Lunatic asylums Burma 1907-21 - 1907-1921
Year: 1907
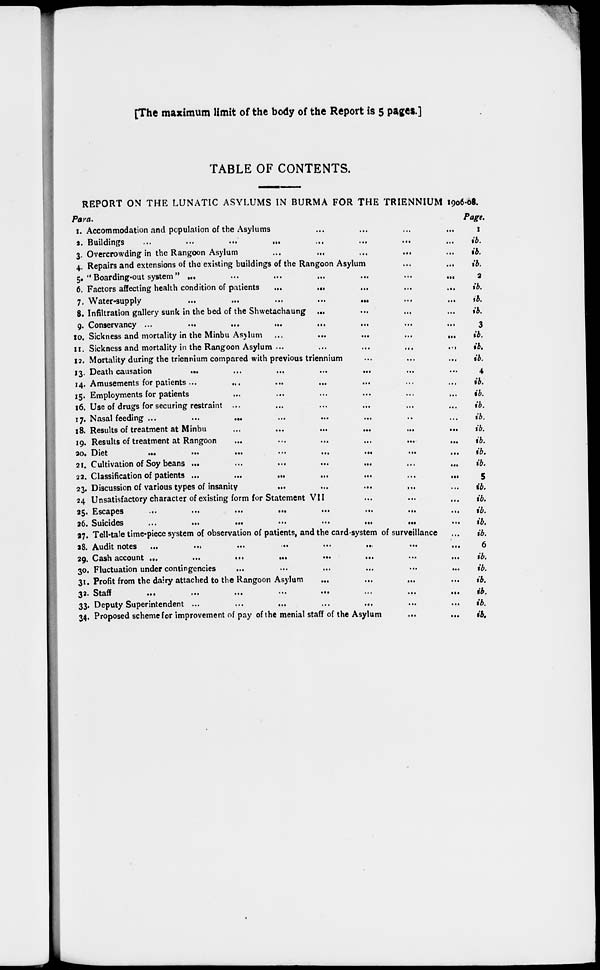
[The maximum limit of the body of the Report is 5 pages.]
TABLE OF CONTENTS.
REPORT ON THE LUNATIC ASYLUMS IN BURMA FOR THE TRIENNIUM 1906-08.
Para.
1.
2.
3.
4.
5.
6.
7.
8.
9.
10.
11.
12.
13
14.
15.
16.
17.
18.
19.
30.
21.
22.
23.
24.
25.
26.
27.
28.
29.
30.
31.
32.
33.
34.
Accommodation and population of the Asylums ... ... ... ...
Buildings ... ... ... ... ... ... ... ...
Overcrowding in the Rangoon Asylum ... ... ... ... ...
Repairs and extensions of the existing buildings of the Rangoon Asylum ... ...
'' Boarding-out system " ... ... ... ... ...
Factors affecting health condition of patients
... ... ... ... ...
Water-supply ... ... ... ... ...
Infiltration gallery sunk in the bed of the Shwetachaung ... ... ... ...
Conservancy ... ... ... ... ... ... ... ...
Sickness and mortality in the Minbu Asylum ... ... ... ... ...
Sickness and mortality in the Rangoon Asylum
...
...
...
...
...
Mortality during the triennium compared with previous triennium ... ... ...
Death causation ... ... ... ... ... ... ...
Amusements for patients ... ... ... ... ... ... ...
Employments for patients ... ... ... ... ... ...
Use of drugs for securing restraint ... ... ... ... ... ...
Nasal feeding ... ... ... ... ... ... ... ...
Results of treatment at Minbu ... ... ... ... ... ...
Results of treatment at Rangoon ... ... ... ... ... ...
Diet
...
...
...
...
...
...
...
...
Cultivation of Soy beans ... ... ... ... ... ... ...
Classification of patients ... ... ... ... ... ... ...
Discussion of various types of insanity ... ... ... ... ...
Unsatisfactory character of existing form for Statement VII ... ... ...
Escapes
...
...
...
...
...
...
...
...
Suicides ... ... ... ... ... ... ... ...
Tell-tale time-piece system of observation of patients, and the card-system of surveillance ...
Audit notes ... ... ... ... ... ... ... ...
Cash account
...
...
...
...
...
...
...
...
Fluctuation under contingencies ... ... ... ... ... ...
Profit from the dairy attached to the Rangoon Asylum ... ... ... ...
Staff
...
...
...
...
...
...
...
...
Deputy Superintendent ... ... ... ... ... ... ...
Proposed scheme for improvement of pay of the menial staff of the Asylum ... ...
Page.
1
ib.
ib.
ib.
2
ib.
ib.
ib.
3
ib.
ib.
ib.
4
ib.
ib.
ib.
ib.
ib.
ib.
ib.
ib.
5
ib.
ib.
ib.
ib.
ib.
6
ib.
ib.
ib.
ib.
ib.
ib.